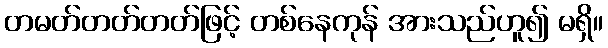
တမတ်တတ်တတ်ဖြင့် တစ်နေကုန် အားသည်ဟူ၍ မရှိ။